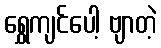
ရွှေကျင်ပေါ့ ဗျာတဲ့